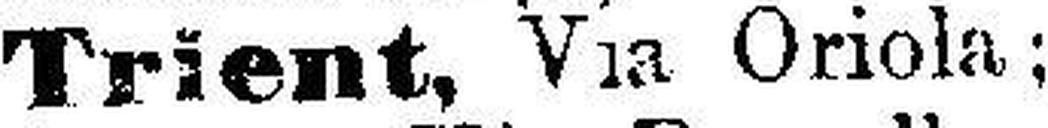
Trient, Via Oriola;